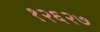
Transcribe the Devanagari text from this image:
१२६२७